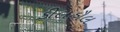
કીલહૌલ